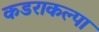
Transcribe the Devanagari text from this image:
कडराकल्पा